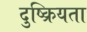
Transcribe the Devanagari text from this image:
दुष्क्रियता